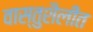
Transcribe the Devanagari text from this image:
वास्तुशैलीत